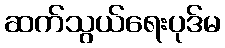
ဆက်သွယ်ရေးပုဒ်မ